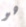
هو